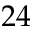
2 4